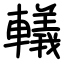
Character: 轙